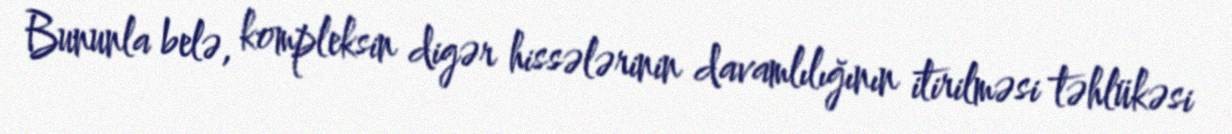
Bununla belə, kompleksin digər hissələrinin davamlılığının itirilməsi təhlükəsi